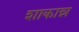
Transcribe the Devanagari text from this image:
शाकान्न